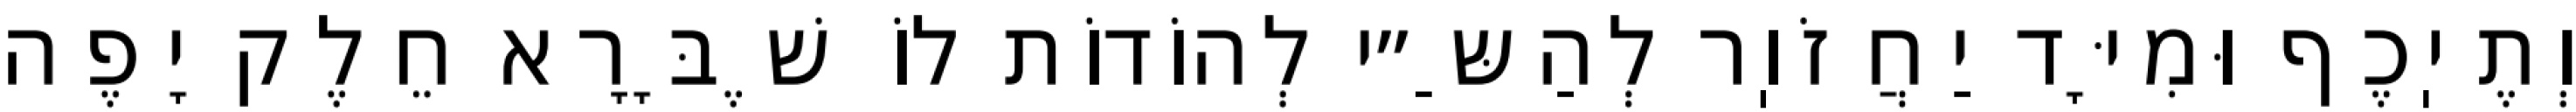
וְתֶיֽכֶף וּמִיָּד יַחֲזֹוֽר לְהַשַּ״י לְהוֹדוֹת לוֹ שֶׁבָּרָא חֵלֶק יָפֶה